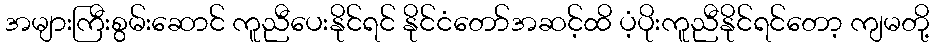
အများကြီးစွမ်းဆောင် ကူညီပေးနိုင်ရင် နိုင်ငံတော်အဆင့်ထိ ပံ့ပိုးကူညီနိုင်ရင်တော့ ကျမတို့